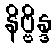
နိဗ္ဗိန္ဒ